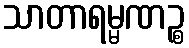
သာတာရမ္မဏဉ္စ